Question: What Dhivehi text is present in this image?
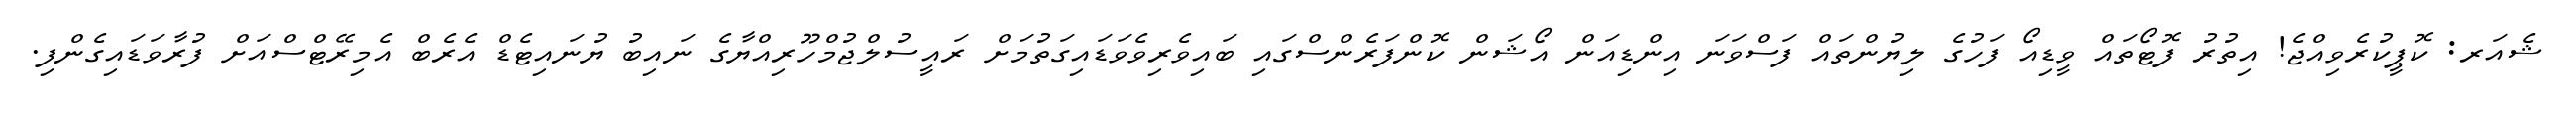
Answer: ޝެއަރ: ކޮޕީކުރެވިއްޖެ! އިތުރު ފޮޓޯތައް ވީޑިއޯ ފަހުގެ ލިޔުންތައް ފަސްވަނަ އިންޑިއަން އޯޝަން ކޮންފަރެންސްގައި ބައިވެރިވެވަޑައިގަތުމަށް ރައީސުލްޖުމްހޫރިއްޔާގެ ނައިބު ޔުނައިޓެޑް އެރެބް އެމިރޭޓްސްއަށް ފުރާވަޑައިގެންފި.